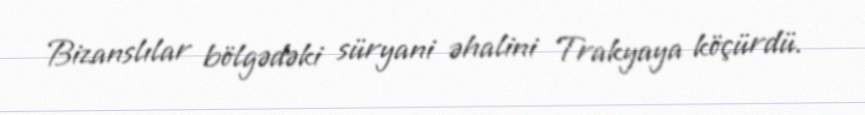
Bizanslılar bölgədəki süryani əhalini Trakyaya köçürdü.